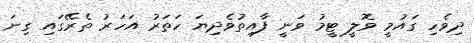
ދިވެހި ގައުމީ ވޮލީ ޓީމު ވަނީ ފާއިތުވެދިޔަ ހަތަރު އަހަރު ތެރޭގައި ގިނަ